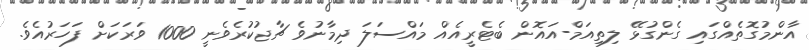
އާންމުގޮތެއްގައި ގެންގުޅޭ ލިތިއަމް-އައޮން ބެޓެރީއެެއް މައްސަލަ ދިމާނުވެ ޗާޖުކުރެވެނީ 1000 ވަރަކަށް ފަހަރުއެވެ.